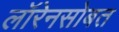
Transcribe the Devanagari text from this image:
लॉरेनसोबत